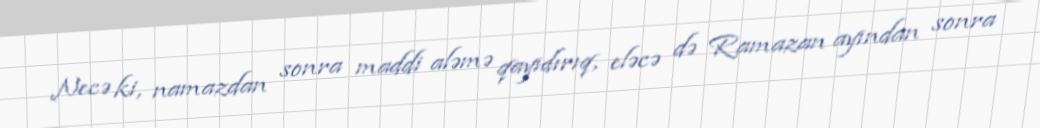
Necə ki, namazdan sonra maddi aləmə qayıdırıq, eləcə də Ramazan ayından sonra